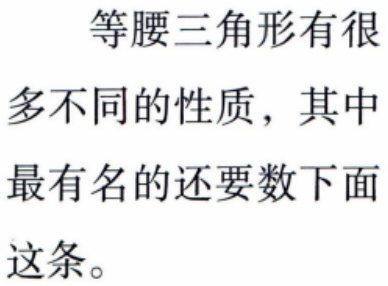
等腰三角形有很多不同的性质，其中最有名的还要数下面这条。